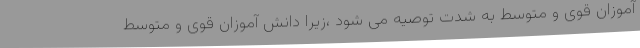
آموزان قوی و متوسط به شدت توصیه می شود ،زیرا دانش آموزان قوی و متوسط